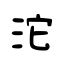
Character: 沱